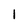
Character: 1